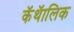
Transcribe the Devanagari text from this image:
कॅथॅालिक